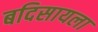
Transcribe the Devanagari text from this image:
बदिसायला